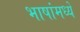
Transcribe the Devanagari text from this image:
भाषांमध्‍ये